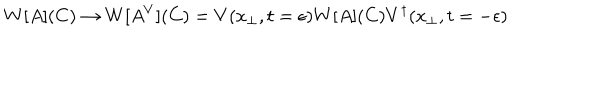
W [ A ] ( C ) \rightarrow W [ A ^ { V } ] ( C ) = V ( x _ { \perp } , t = \epsilon ) W [ A ] ( C ) V ^ { \dagger } ( x _ { \perp } , t = - \epsilon )